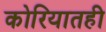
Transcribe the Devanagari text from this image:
कोरियातही